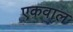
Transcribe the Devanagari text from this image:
एकवाल